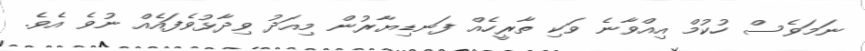
ނަމަވެސް ހުކުމް އިއްވާނެ ވަކި ތާރީހެއް ފަނޑިޔާރުން މިއަދު ވިދާޅުވެފައެއް ނުވެ އެވެ.